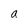
Character: a